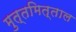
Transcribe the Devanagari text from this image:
मुत्तमित्ताल